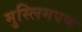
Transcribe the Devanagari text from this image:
मुस्लिमपण